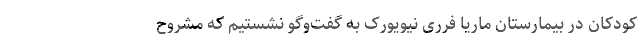
کودکان در بیمارستان ماریا فرری نیویورک به گفت‌وگو نشستیم که مشروح